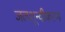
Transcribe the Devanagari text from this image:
जलशून्यीकरण